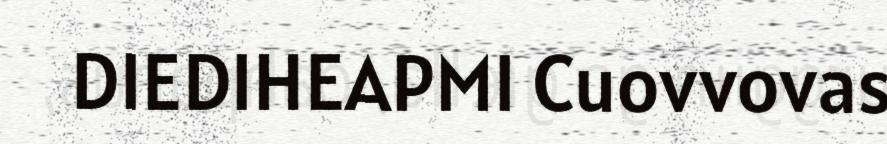
DIEDIHEAPMI Cuovvovas